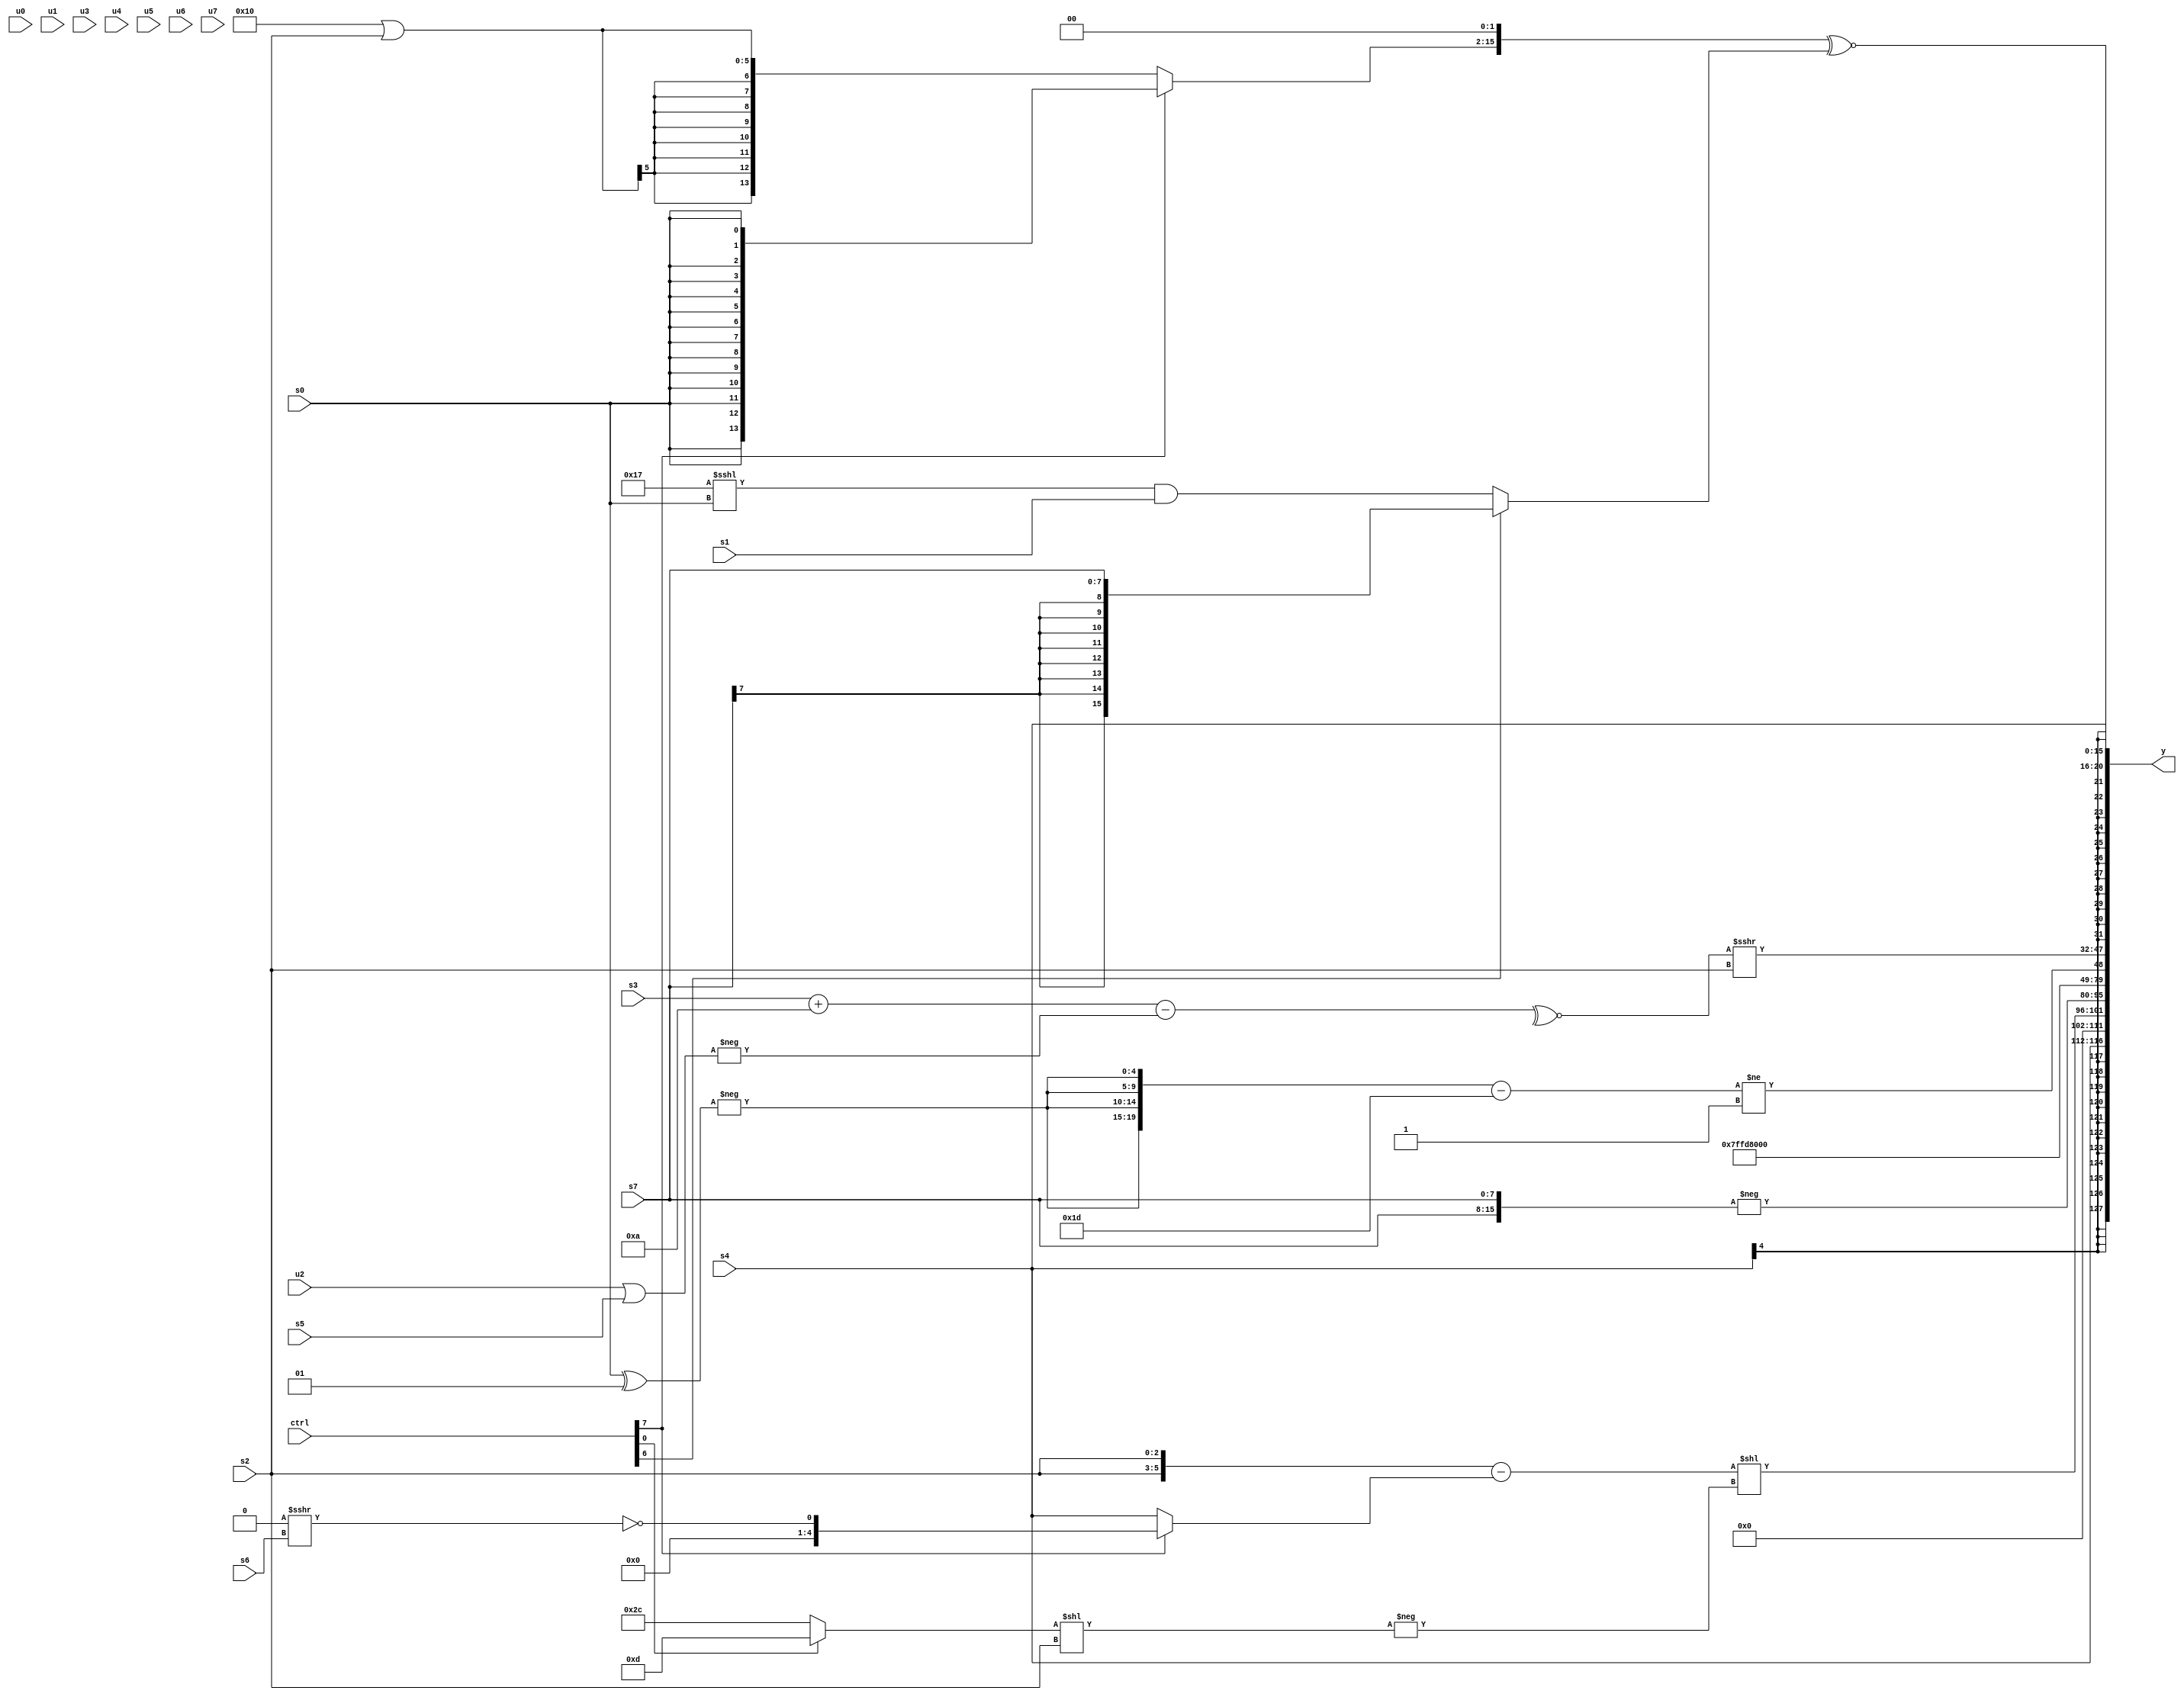
module wideexpr_00956(ctrl, u0, u1, u2, u3, u4, u5, u6, u7, s0, s1, s2, s3, s4, s5, s6, s7, y);
  input [7:0] ctrl;
  input [0:0] u0;
  input [1:0] u1;
  input [2:0] u2;
  input [3:0] u3;
  input [4:0] u4;
  input [5:0] u5;
  input [6:0] u6;
  input [7:0] u7;
  input signed [0:0] s0;
  input signed [1:0] s1;
  input signed [2:0] s2;
  input signed [3:0] s3;
  input signed [4:0] s4;
  input signed [5:0] s5;
  input signed [6:0] s6;
  input signed [7:0] s7;
  output [127:0] y;
  wire [15:0] y0;
  wire [15:0] y1;
  wire [15:0] y2;
  wire [15:0] y3;
  wire [15:0] y4;
  wire [15:0] y5;
  wire [15:0] y6;
  wire [15:0] y7;
  assign y = {y0,y1,y2,y3,y4,y5,y6,y7};
  assign y0 = s4;
  assign y1 = $unsigned((({2{$signed(s2)}})-((ctrl[7]?!(((u1)>>(4'sb1010))>>>(s6)):s4)))<<(-($signed((+((ctrl[0]?6'b001101:6'sb101100)))<<(s2)))));
  assign y2 = -({2{s7}});
  assign y3 = 4'sb1011;
  assign y4 = ((+({4{-((s0)^(5'sb00001))}}))-($signed(5'b11101)))!=(2'sb01);
  assign y5 = (~^((($signed(s3))+($signed(6'sb001010)))-(-(+((u2)|(s5))))))>>>(s2);
  assign y6 = s4;
  assign y7 = (((ctrl[7]?$signed($unsigned(s0)):(ctrl[7]?s0:(6'sb010000)|(s2))))<<($signed($signed(3'sb010))))^~((ctrl[6]?s7:((5'sb10111)<<<(s0))&(s1)));
endmodule